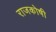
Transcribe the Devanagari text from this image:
राजकोषी